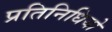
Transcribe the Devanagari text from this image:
प्रतिनिधियो